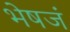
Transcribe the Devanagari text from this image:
भेषजं